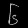
Digit: ၆